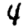
Digit: 4